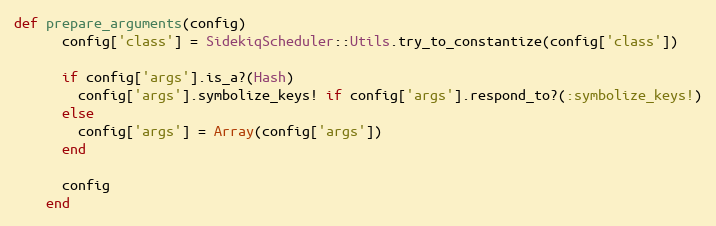
Language: Ruby
def prepare_arguments(config)
      config['class'] = SidekiqScheduler::Utils.try_to_constantize(config['class'])

      if config['args'].is_a?(Hash)
        config['args'].symbolize_keys! if config['args'].respond_to?(:symbolize_keys!)
      else
        config['args'] = Array(config['args'])
      end

      config
    end